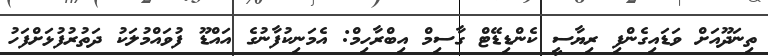
ތިނަދޫއަށް ވަޑައިގެންފި ރިޔާސީ ކެންޑިޑޭޓް ގާސިމް އިބްރާހިމް: އެމަނިކުފާނުގެ އައްޑޫ ފުވައްމުލަކު ދަތުރުފުޅަށްފަހު